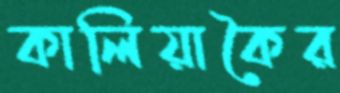
কালিয়াকৈর